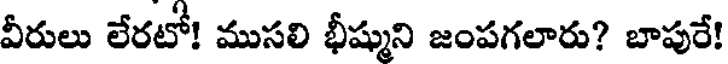
వీరులు లేరటో! ముసలి భీష్ముని జంపగలారు? బాపురే!